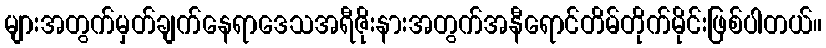
များအတွက်မှတ်ချက်နေရာဒေသအရီဇိုးနားအတွက်အနီရောင်တိမ်တိုက်မိုင်းဖြစ်ပါတယ်။